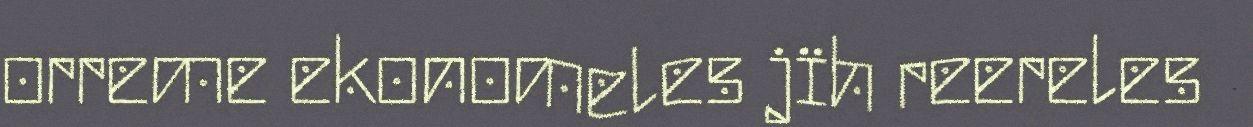
orreme ekonomeles jïh reereles